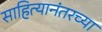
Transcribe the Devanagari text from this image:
साहित्यानंतरच्या